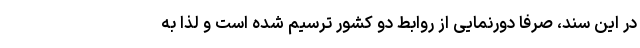
در این سند، صرفا دورنمایی از روابط دو کشور ترسیم شده است و لذا به